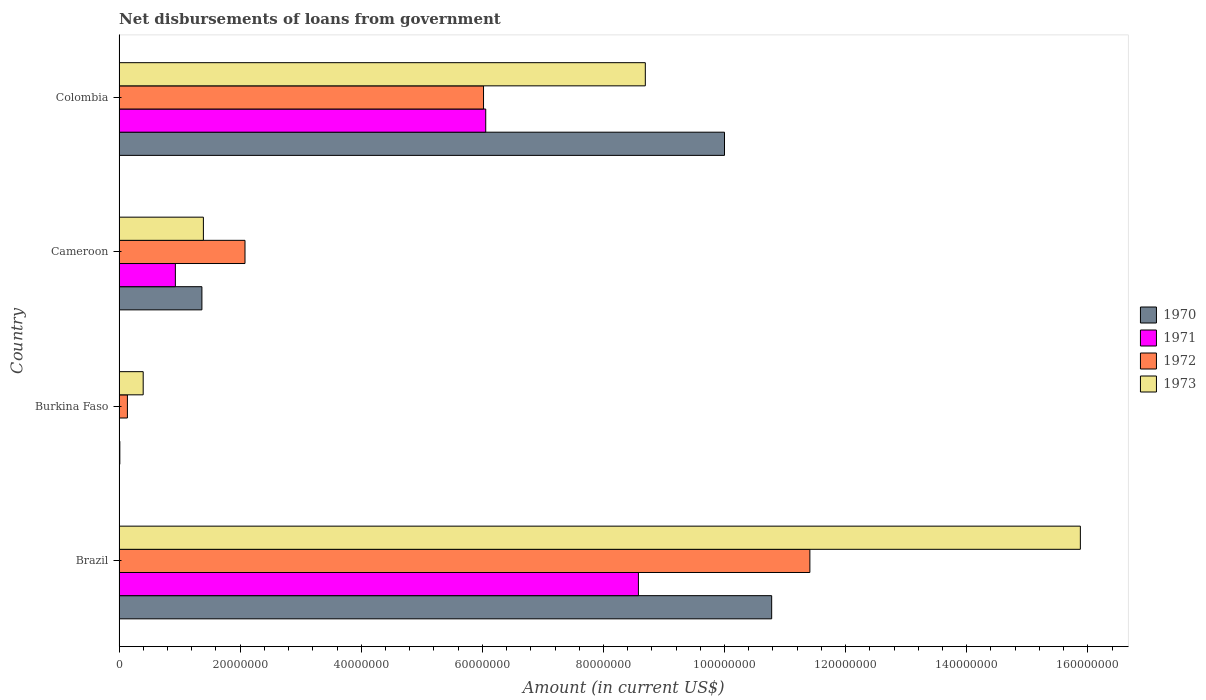
| Country | 1970 | 1971 | 1972 | 1973 |
 | --- | --- | --- | --- | --- |
 | Brazil | 1.08e+08 | 8.58e+07 | 1.14e+08 | 1.59e+08 |
 | Burkina Faso | 1.29e+05 | -1.88e+05 | 1.38e+06 | 3.98e+06 |
 | Cameroon | 1.37e+07 | 9.3e+06 | 2.08e+07 | 1.39e+07 |
 | Colombia | 1e+08 | 6.06e+07 | 6.02e+07 | 8.69e+07 |